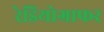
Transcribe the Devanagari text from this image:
रेडियोग्राफर